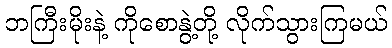
ဘကြီးမိုးနဲ့ ကိုစောနွဲ့တို့ လိုက်သွားကြမယ်